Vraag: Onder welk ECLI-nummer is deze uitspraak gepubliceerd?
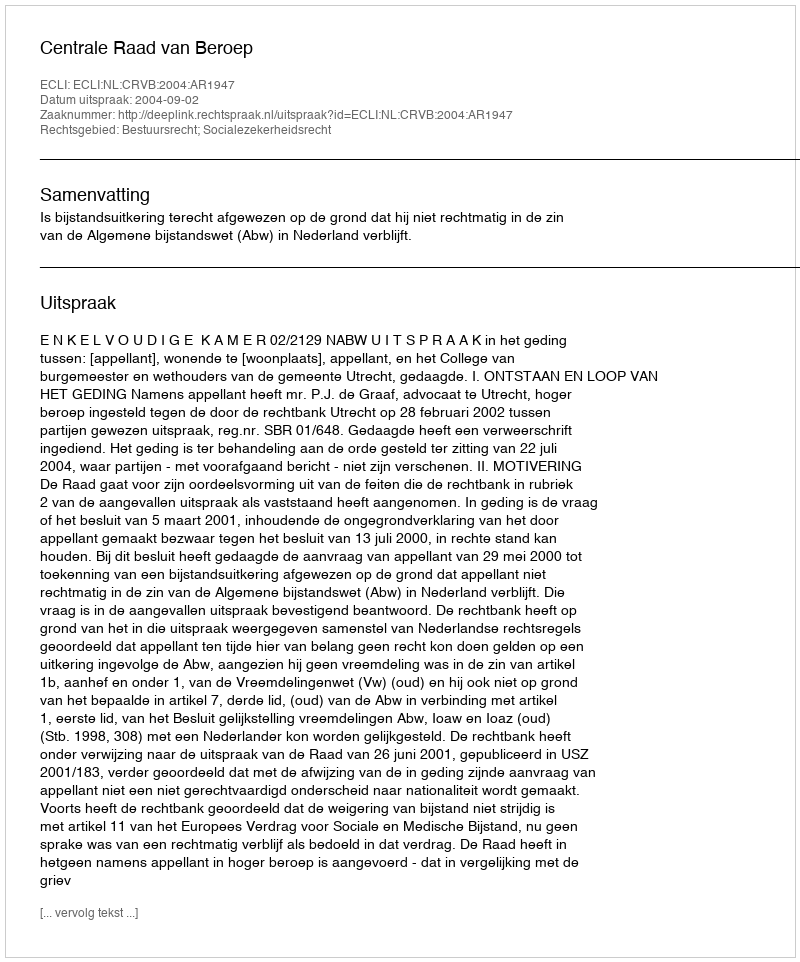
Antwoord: ECLI:NL:CRVB:2004:AR1947